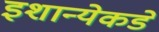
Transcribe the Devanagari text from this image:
इशान्येकडे